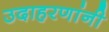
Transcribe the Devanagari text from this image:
उदाहरणांनी